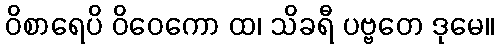
ဝိစာရေပိ ဝိဝေကော ထ၊ သိခရီ ပဗ္ဗတေ ဒုမေ။